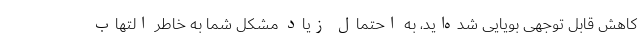
کاهش قابل توجهی بویایی شده‌اید، به احتمال زیاد مشکل شما به خاطر التهاب